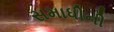
સમાધીની